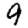
Digit: 9